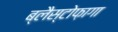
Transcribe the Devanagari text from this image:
ब्लैस्टोफ़ागा